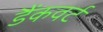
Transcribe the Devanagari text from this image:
डैंकवर्ट